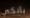
بأنكي